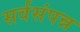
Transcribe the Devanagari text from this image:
सर्वसंपन्न